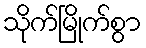
သိုက်မြိုက်စွာ